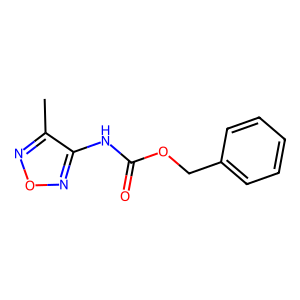
SMILES: Cc1nonc1NC(=O)OCc1ccccc1
Inhibits HIV replication: No